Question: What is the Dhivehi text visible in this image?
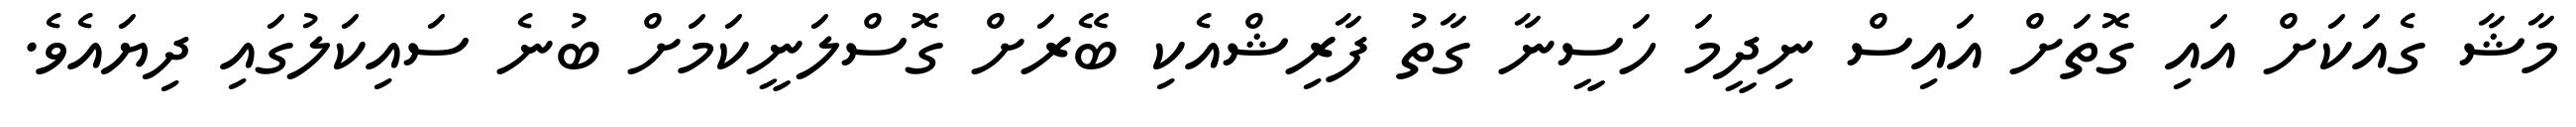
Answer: މާޝާ ގެއަކަށް އައި ގޮތަށް އައިސް ނިދީމަ ހަސީނާ ގާތު ފާރިޝްއެކި ބޭރަށް ގޮސްލަނީކަމަށް ބުނެ ސައިކަލުގައި ދިޔައެވެ.